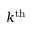
k ^ { \mathrm { { t h } } }